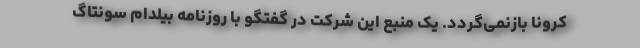
کرونا بازنمی‌گردد. یک منبع این شرکت در گفتگو با روزنامه بیلدام سونتاگ